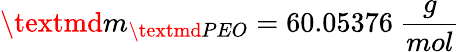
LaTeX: \textmd{m}_{\textmd{PEO}}=60.05376~\frac{g}{mol}